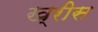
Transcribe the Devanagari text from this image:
ख्रीस